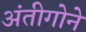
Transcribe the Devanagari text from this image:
अंतीगोने